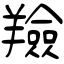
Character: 羷